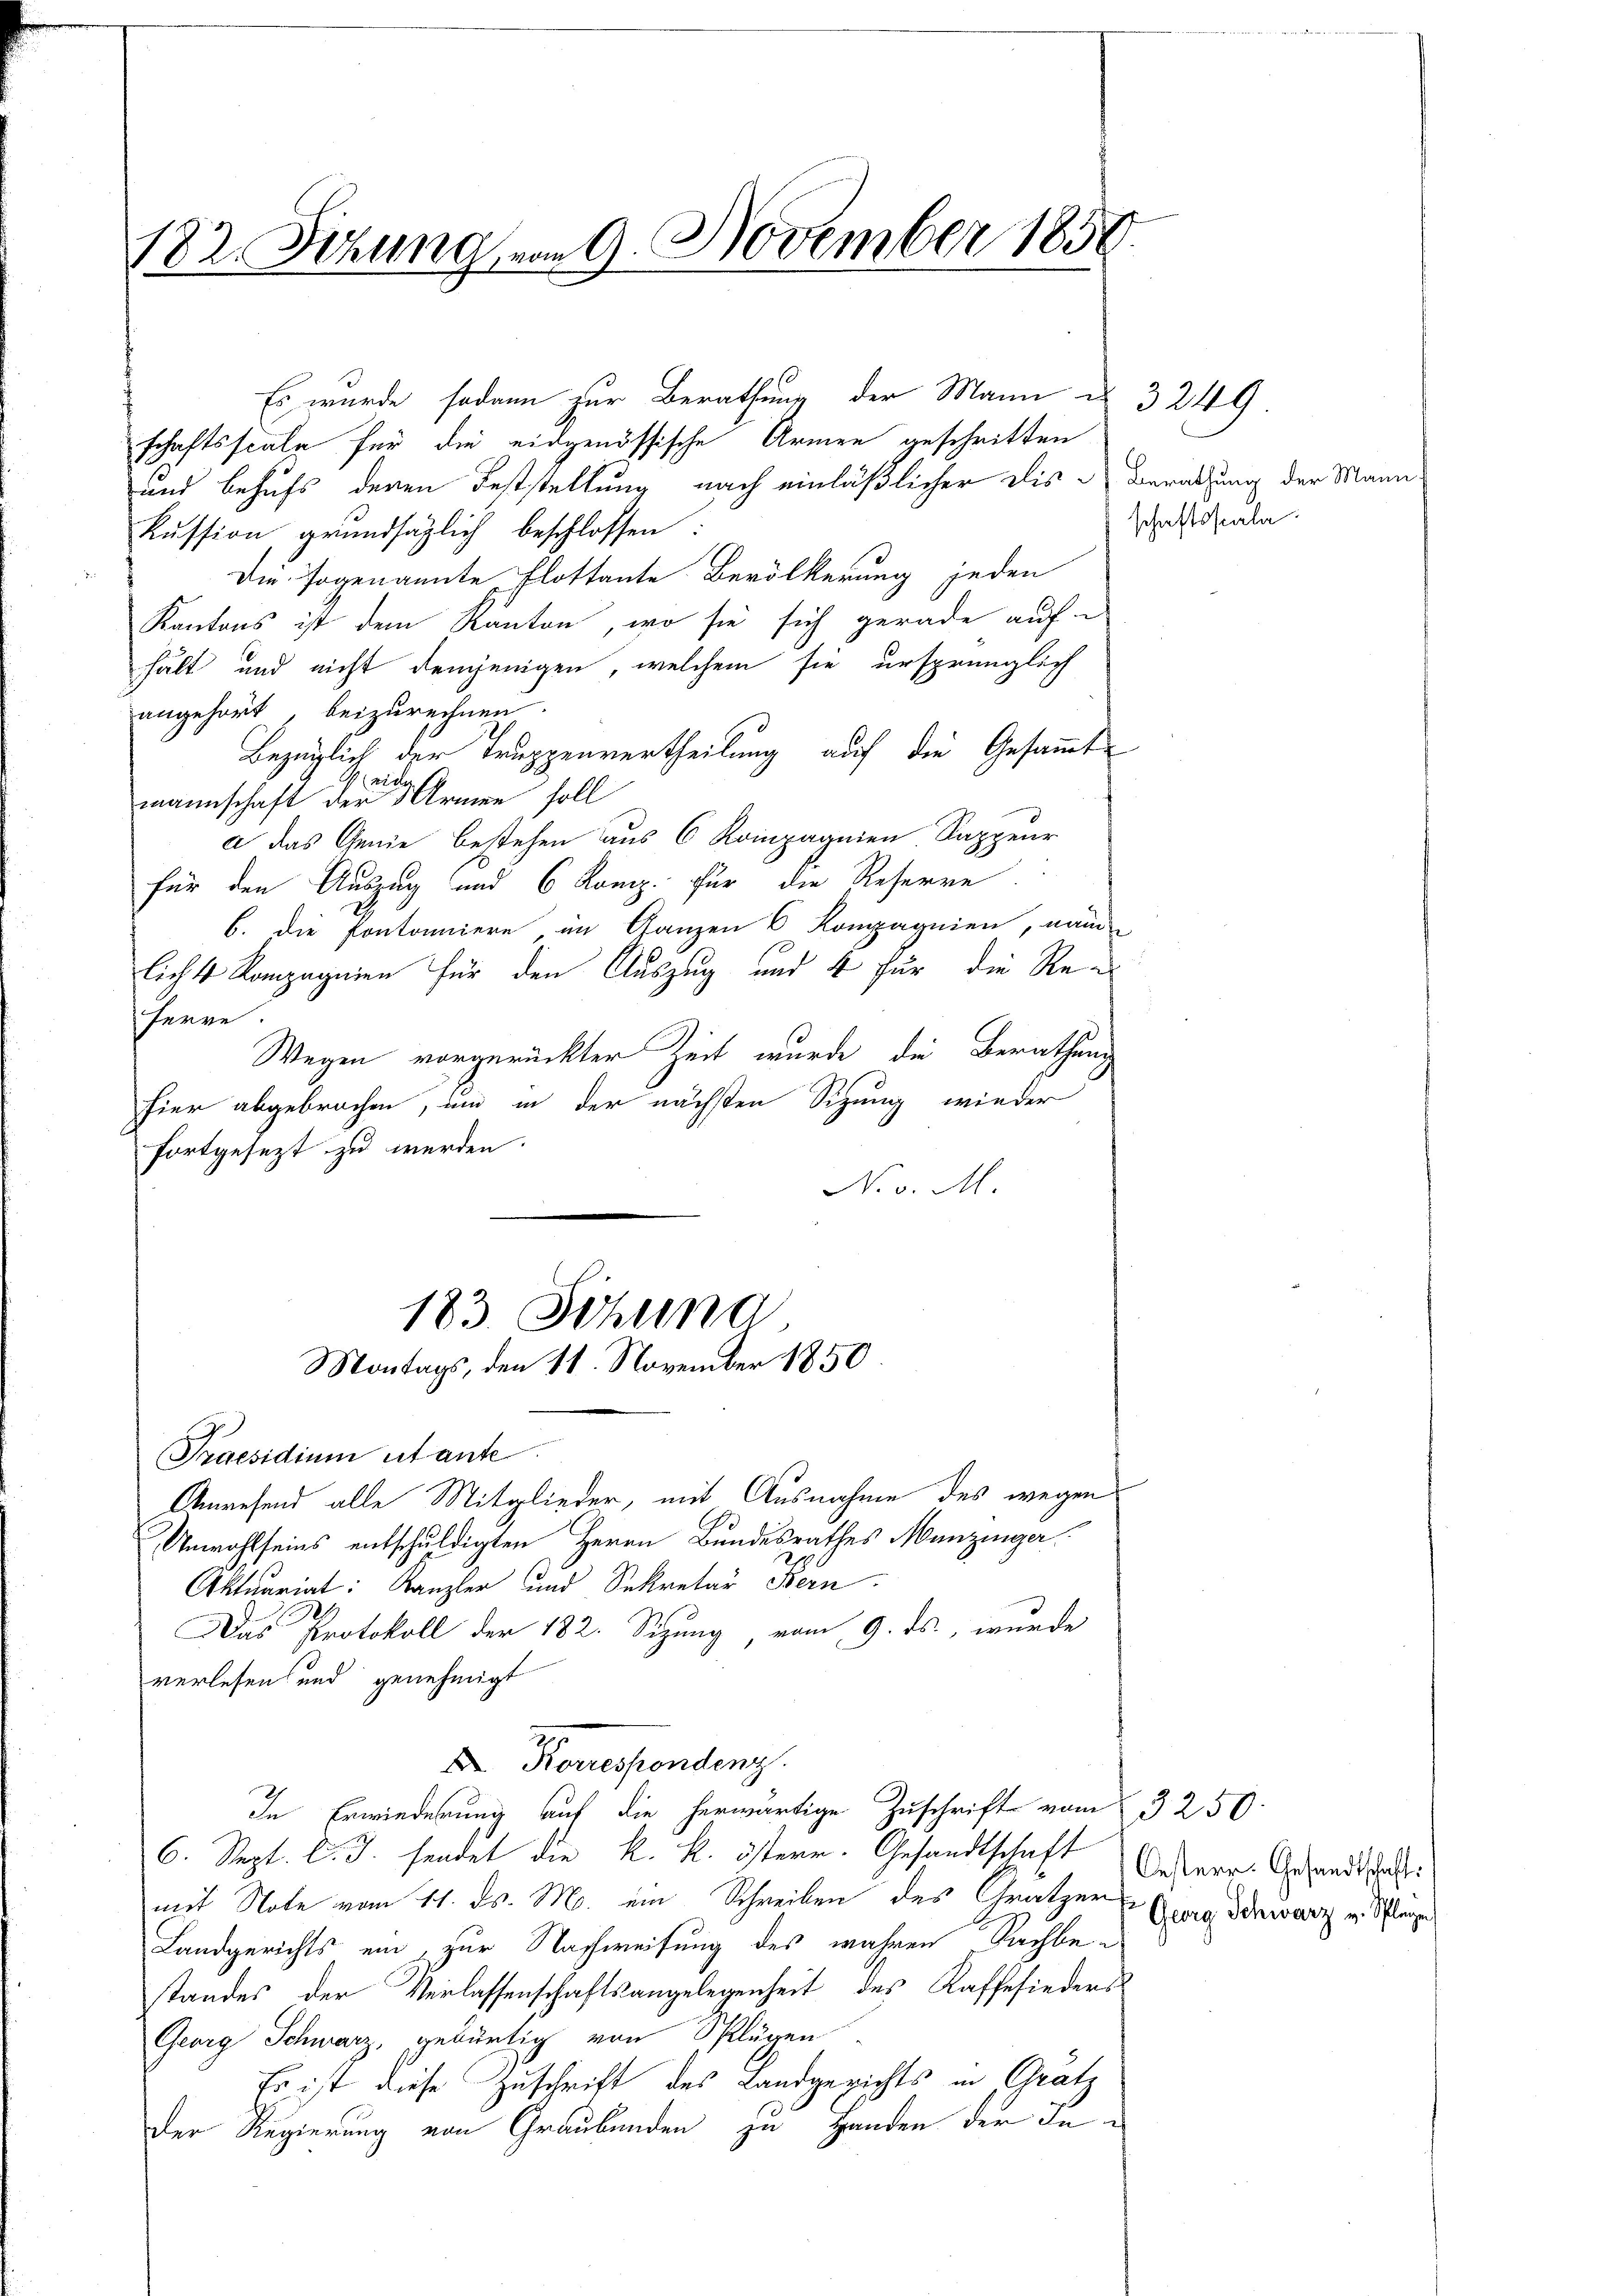
182. Setzung dem 9. November 1850.

schaftsscale für die eidgenössische Armen geschritten
und behufs deren Feststellung nach einläßlicher dis Berathung der Mannkussion grundsäglich beschlossen:
Die sogenannte Flottante Bevölkerung jeden
Kantons ist dem Kanton, wo sie sich gerade auf
hält und nicht demjenigen, welchem sie ursprünglich
angehört, beizurechnen.
Bezüglich der Truppenvertheilung auf die Gesammte
1
mannschaft der Armen soll
a das Genie bestehen aus 6 Kompagnien Sappeur
für den Auszug und 6 Komp. für die Reserre
6. die Pontonniere im Ganzen 6 Kompagnien, nam
licht Kompagnien für den Auszug und 4 für die Reherre.
Wegen vorgerückter Zeit wurde die Berathung
hier abgebrochen, um in der nächsten Sitzung wieder
fortgesezt zu werden.
No v. M.
183. Sitzung
Montags, den 11. November 1850.
Praesidium ertante
Anwesend alle Mitglieder, mit Ausnahme des wegen
Unwohlseins entschuldigten Herrn Bundesrathes Menzinger
Aktuariat: Kanzler und Sekretär Fern
Das Protokoll der 182. Sizung vom 9. ds., wurde
verlesen und genehmigt
D Korrespendenz.
In Erwiederung auf die herwärtige Zuschrift vom 3250
6. Sept. l. J. sendet die k. k. österr. Gesandtschaft
mit Note vom 11. ds. M. ein Schreiben des Gratzer
Landgerichts ein, zur Nachweisung des wahren Sachbestandes der Verlassenschaftsangelegenheit des Kaffefieders
Georg Schwarz, gebürtig von Splügen
Es ist diese Zuschrift des Landgerichts in Gratz
Der Regierung von Graubünden zu Handen der In¬

Es wurde sodann zur Berathung der Mann des 3249.

schaftsscala

Oesterr. Gesandtschaft:
Georg Schwarz v. Splage